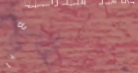
توصيل طلبات البيع بالتجزئ